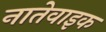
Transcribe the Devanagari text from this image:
नातेवाइक